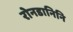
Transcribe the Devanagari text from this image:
रोनडानिनि